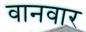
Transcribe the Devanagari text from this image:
वानवार